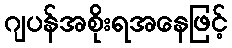
ဂျပန်အစိုးရအနေဖြင့်